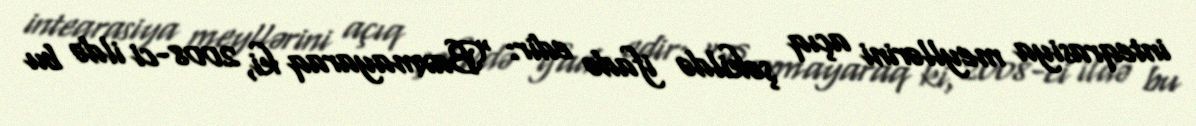
inteqrasiya meyllərini açıq şəkildə ifadə edir: “Baxmayaraq ki, 2008-ci ildə bu